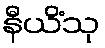
နီယိံသု